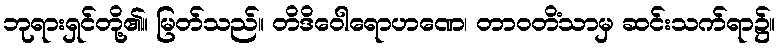
ဘုရားရှင်တို့၏။ မြတ်သည်။ တိဒိဝေါရောဟဏေ၊ တာဝတိံသာမှ ဆင်းသက်ရာ၌။